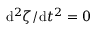
\mathrm { d } ^ { 2 } \zeta / \mathrm { d } t ^ { 2 } = 0